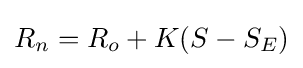
R_{n}=R_{o}+K(S-S_{E})